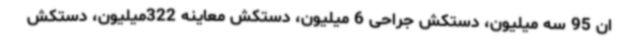
ان 95 سه میلیون، دستکش جراحی 6 میلیون، دستکش معاینه 322میلیون، دستکش